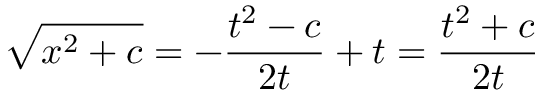
{ \sqrt { x ^ { 2 } + c } } = - { \frac { t ^ { 2 } - c } { 2 t } } + t = { \frac { t ^ { 2 } + c } { 2 t } }